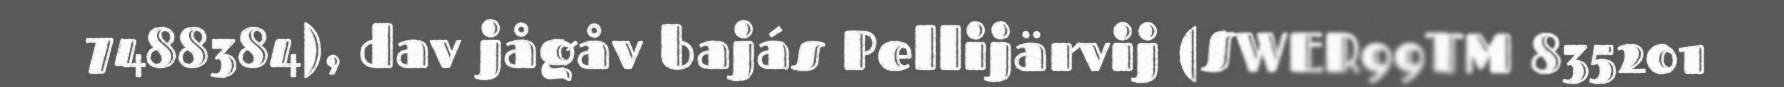
7488384), dav jågåv bajás Pellijärvij (SWER99TM 835201